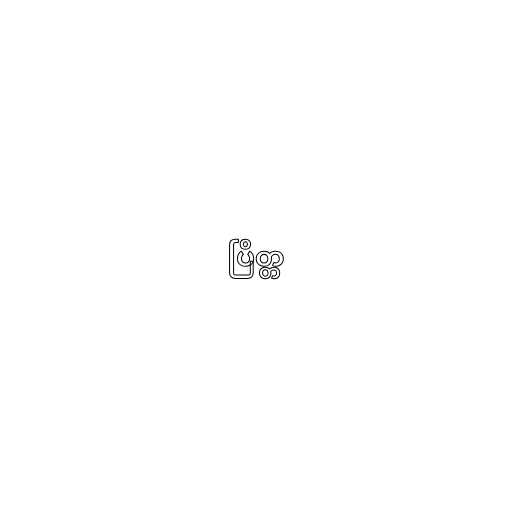
ပြိတ္တ